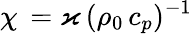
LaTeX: \chi\, =\varkappa\, (\rho_{0}\, c_{p})^{-1}